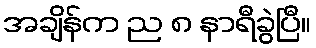
အချိန်က ည ၈ နာရီခွဲပြီ။